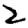
Digit: 2